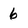
Character: 6